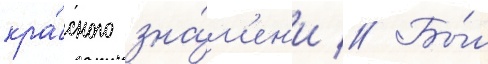
кра́сного зна́м'ен'и // Бы́л